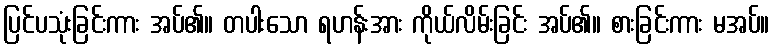
ပြင်ပသုံးခြင်းကား အပ်၏။ တပါးသော ရဟန်းအား ကိုယ်လိမ်းခြင်း အပ်၏။ စားခြင်းကား မအပ်။